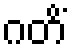
ဂတိံ